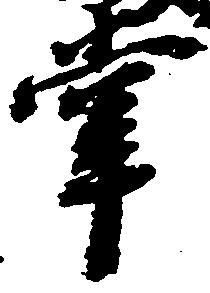
掌